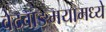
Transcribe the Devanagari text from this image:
वेदवाङ्मयामध्ये